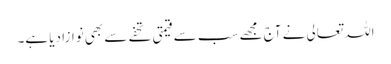
اللہ تعالی نے آج مجھے سب سے قیمتی تحفے سے بھی نوازا دیا ہے۔